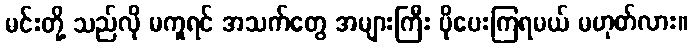
မင်းတို့ သည်လို မကူရင် အသက်တွေ အများကြီး ပိုပေးကြရမယ် မဟုတ်လား။